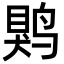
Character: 䴗